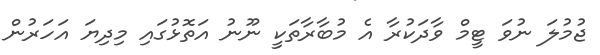
ޖުމުލަ ނުވަ ޓީމް ވާދަކުރާ އެ މުބާރާތަކީ ނޫނު އަތޮޅުގައި މިދިޔަ އަހަރުން